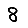
Digit: 8